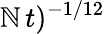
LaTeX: \mathbb{N}\, t)^{-1/12}